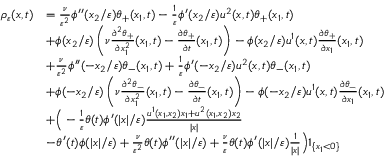
\begin{array} { r l } { \rho _ { \varepsilon } ( x , t ) } & { = \frac { \nu } { \varepsilon ^ { 2 } } \phi ^ { \prime \prime } ( x _ { 2 } / \varepsilon ) \theta _ { + } ( x _ { 1 } , t ) - \frac { 1 } { \varepsilon } \phi ^ { \prime } ( x _ { 2 } / \varepsilon ) u ^ { 2 } ( x , t ) \theta _ { + } ( x _ { 1 } , t ) } \\ & { + \phi ( x _ { 2 } / \varepsilon ) \left( \nu \frac { \partial ^ { 2 } \theta _ { + } } { \partial x _ { 1 } ^ { 2 } } ( x _ { 1 } , t ) - \frac { \partial \theta _ { + } } { \partial t } ( x _ { 1 } , t ) \right) - \phi ( x _ { 2 } / \varepsilon ) u ^ { 1 } ( x , t ) \frac { \partial \theta _ { + } } { \partial x _ { 1 } } ( x _ { 1 } , t ) } \\ & { + \frac { \nu } { \varepsilon ^ { 2 } } \phi ^ { \prime \prime } ( - x _ { 2 } / \varepsilon ) \theta _ { - } ( x _ { 1 } , t ) + \frac { 1 } { \varepsilon } \phi ^ { \prime } ( - x _ { 2 } / \varepsilon ) u ^ { 2 } ( x , t ) \theta _ { - } ( x _ { 1 } , t ) } \\ & { + \phi ( - x _ { 2 } / \varepsilon ) \left( \nu \frac { \partial ^ { 2 } \theta _ { - } } { \partial x _ { 1 } ^ { 2 } } ( x _ { 1 } , t ) - \frac { \partial \theta _ { - } } { \partial t } ( x _ { 1 } , t ) \right) - \phi ( - x _ { 2 } / \varepsilon ) u ^ { 1 } ( x , t ) \frac { \partial \theta _ { - } } { \partial x _ { 1 } } ( x _ { 1 } , t ) } \\ & { + \Big ( - \frac { 1 } { \varepsilon } \theta ( t ) \phi ^ { \prime } ( | x | / \varepsilon ) \frac { u ^ { 1 } ( x _ { 1 } , x _ { 2 } ) x _ { 1 } + u ^ { 2 } ( x _ { 1 } , x _ { 2 } ) x _ { 2 } } { | x | } } \\ & { - \theta ^ { \prime } ( t ) \phi ( | x | / \varepsilon ) + \frac { \nu } { \varepsilon ^ { 2 } } \theta ( t ) \phi ^ { \prime \prime } ( | x | / \varepsilon ) + \frac { \nu } { \varepsilon } \theta ( t ) \phi ^ { \prime } ( | x | / \varepsilon ) \frac { 1 } { | x | } \Big ) 1 _ { \{ x _ { 1 } < 0 \} } } \end{array}